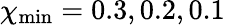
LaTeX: \chi_{\mathrm{min}}=0.3,0.2,0.1